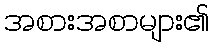
အစားအစာများ၏